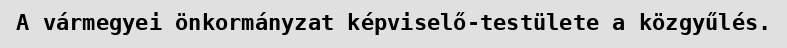
A vármegyei önkormányzat képviselő-testülete a közgyűlés.